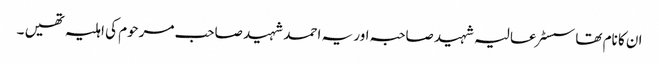
ان کا نام تھا سسٹر عالیہ شہید صاحبہ اور یہ احمد شہید صاحب مرحوم کی اہلیہ تھیں ۔